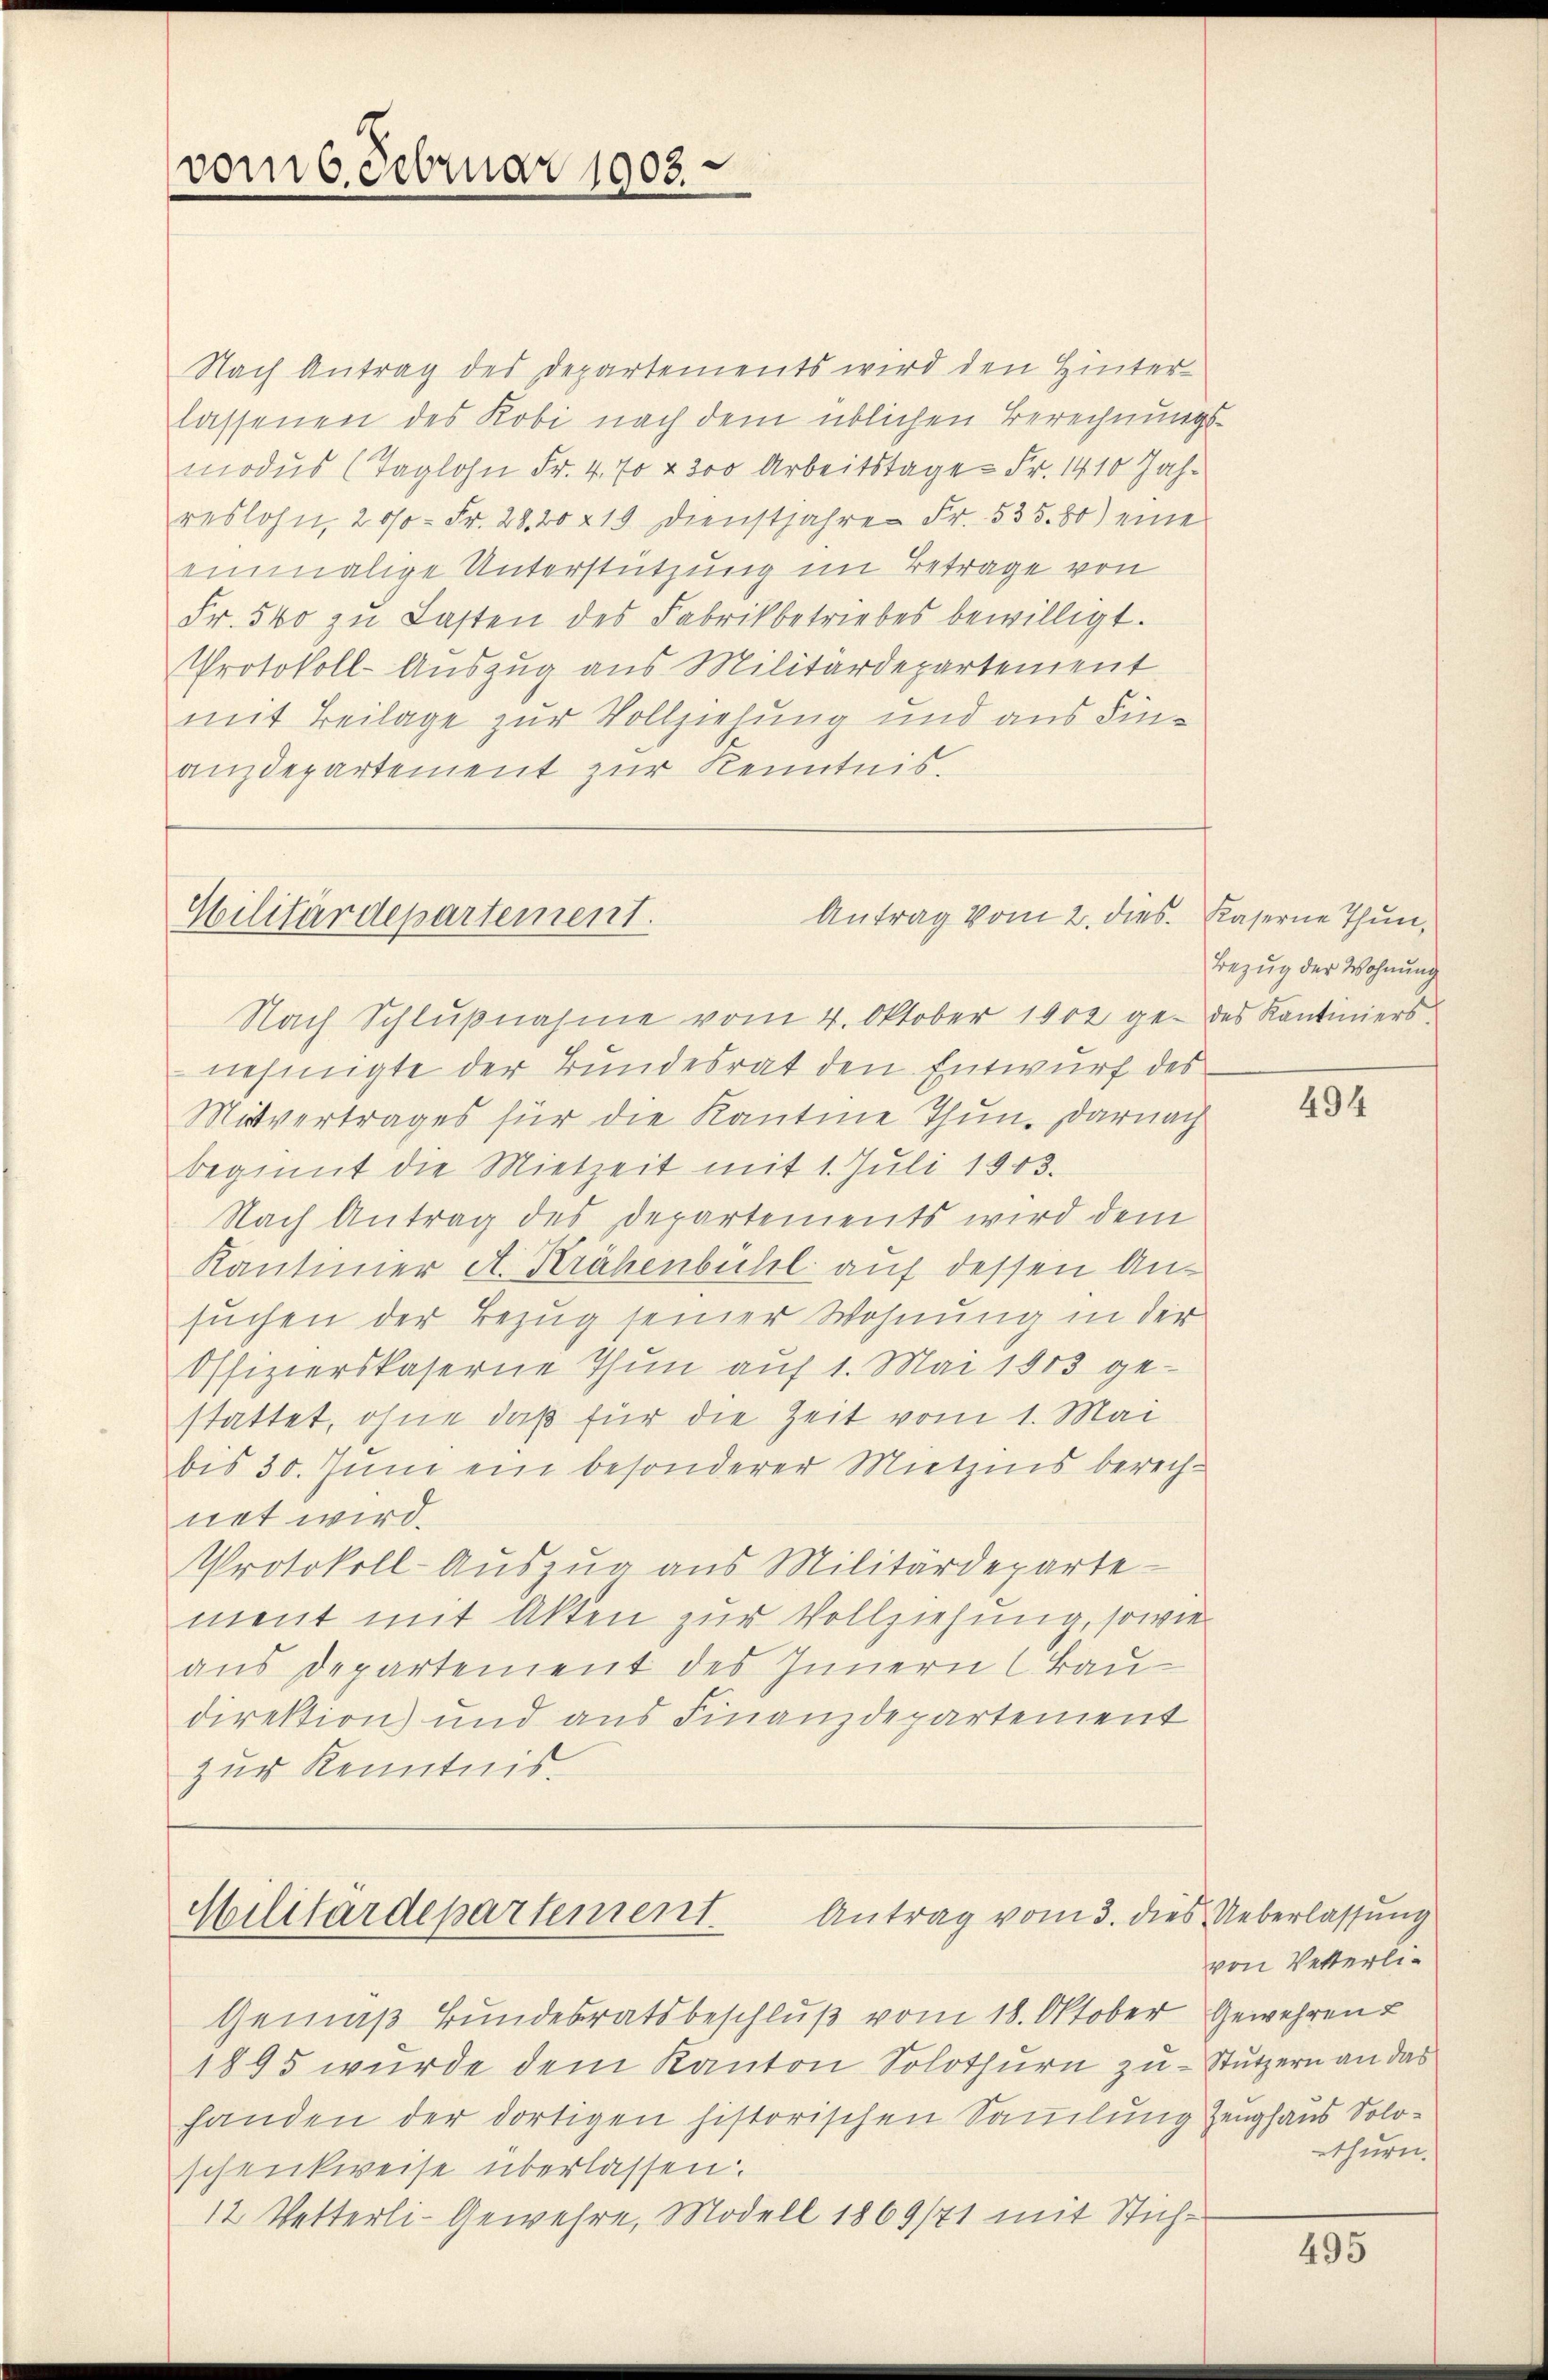
vom 6. Februar 1903.

Nach Antrag des Departements wird den Hinterlassenen des Kobi nach dem üblichen Berechnungs-
modus (Taglohn Fr. 4. 70 & 200 Arbeitstage Fr. 1410 Jahreslohn, 200 Fr. 28. 20 219. Dienstjahren Fr. 535. 80) eine
einmalige Unterstützung im Betrage von
Fr. 540 zu Lasten des Fabrikbetriebes bewilligt.
Protokoll-Auszug aus Militärdepartement
mit Beilage zur Vollziehung und aus Finanzdepartement zur Kenntnis.

Antrag vom 2. dies. Kaserne Thun,
Hilitärdepartement.

Antrag vom 3. dies Ueberlassung
Militärdepartement

Nach Schlŭβnahme vom 4. Oktober 1902 ge- des Kantiniersnehmigte der Bundesrat den Entwurf des
Mitvertrages für die Kantine Thun. darnach
beginnt die Mietzeit mit 1. Juli 1903.
Nach Antrag des Departements wird dem
Kantiner A. Krähenbühl auf dessen Ansuchen der Bezug seiner Wohnung in der
Offizierskaserne Thun auf 1. Mai 1903 gestattet, ohne daß für die Zeit vom 1. Mai
bis 30. Juni ein besonderer Mietzins berechnet wird.
Protokoll-Auszug aus Militärdeparte
ment mit Akten zur Vollziehung, sowie
aus Departement des Innern Bau-
direktion) und aus Finanzdepartement
zur Kenntnis

Gemäß Bundesratsbeschluß vom 18. Oktober Gewehren
1895 wurde dem Kanton Solothurn zu - Stutzern an das
handen der dortigen historischen Sammlung Zeughaus Soloschenkweise überlassen.
12 Vetterli-Gewehre, Modell 1869/41 mit Stich¬

Bezug der Wohnung

494

von Vetterlithurn.

495